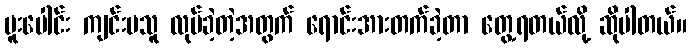
ပူးပေါင်း ကျင်းပသူ လုပ်ခဲ့တဲ့အတွက် ရောင်းအားတက်ခဲ့တာ တွေ့ရတယ်လို့ ဆိုပါတယ်။